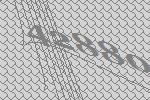
42880